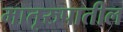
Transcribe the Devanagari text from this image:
मातृरुपातील